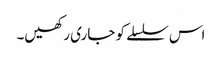
اس سلسلے کو جاری رکھیں۔